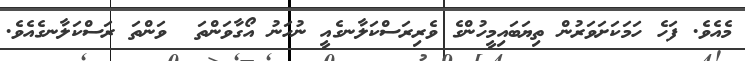
މެއެވެ. ފަހެ ހަމަކަށަވަރުން ތިޔަބައިމީހުންގެ ވެރިރަސްކަލާނގެއީ ނުހަނު އޯގާވަންތަ  ވަންތަ ރަސްކަލާނގެއެވެ.